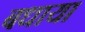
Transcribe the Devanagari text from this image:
बधाया